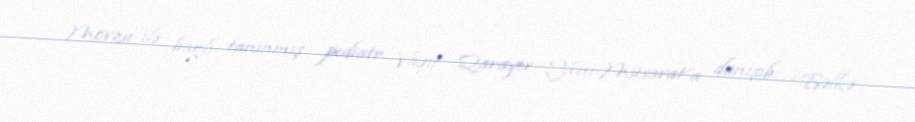
Mövzu ilə bağlı tanınmış pediatr Vaqif Qarayev “Yeni Müsavat”a danışıb: “Bəlkə